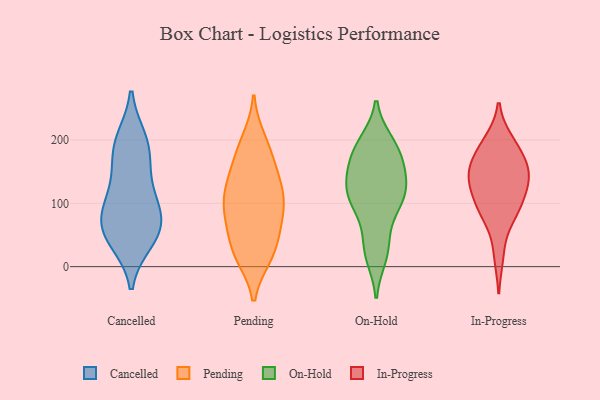
{"axis": {"x": "Customer Acquisition Cost (USD)", "y": "Value"}, "legend": ["Cancelled", "In-Progress", "On-Hold", "Pending"], "data": [{"x": "", "y": 58, "type": "Cancelled"}, {"x": "", "y": 142, "type": "Cancelled"}, {"x": "", "y": 95, "type": "Cancelled"}, {"x": "", "y": 42, "type": "Cancelled"}, {"x": "", "y": 83, "type": "Cancelled"}, {"x": "", "y": 51, "type": "Cancelled"}, {"x": "", "y": 199, "type": "Cancelled"}, {"x": "", "y": 108, "type": "Cancelled"}, {"x": "", "y": 60, "type": "Cancelled"}, {"x": "", "y": 179, "type": "Cancelled"}, {"x": "", "y": 193, "type": "Cancelled"}, {"x": "", "y": 96, "type": "Pending"}, {"x": "", "y": 23, "type": "Pending"}, {"x": "", "y": 133, "type": "Pending"}, {"x": "", "y": 17, "type": "Pending"}, {"x": "", "y": 192, "type": "Pending"}, {"x": "", "y": 153, "type": "Pending"}, {"x": "", "y": 59, "type": "Pending"}, {"x": "", "y": 143, "type": "Pending"}, {"x": "", "y": 175, "type": "Pending"}, {"x": "", "y": 103, "type": "Pending"}, {"x": "", "y": 62, "type": "Pending"}, {"x": "", "y": 25, "type": "Pending"}, {"x": "", "y": 73, "type": "Pending"}, {"x": "", "y": 119, "type": "Pending"}, {"x": "", "y": 93, "type": "Pending"}, {"x": "", "y": 107, "type": "Pending"}, {"x": "", "y": 200, "type": "Pending"}, {"x": "", "y": 17, "type": "Pending"}, {"x": "", "y": 158, "type": "On-Hold"}, {"x": "", "y": 136, "type": "On-Hold"}, {"x": "", "y": 26, "type": "On-Hold"}, {"x": "", "y": 126, "type": "On-Hold"}, {"x": "", "y": 99, "type": "On-Hold"}, {"x": "", "y": 17, "type": "On-Hold"}, {"x": "", "y": 89, "type": "On-Hold"}, {"x": "", "y": 119, "type": "On-Hold"}, {"x": "", "y": 195, "type": "On-Hold"}, {"x": "", "y": 38, "type": "On-Hold"}, {"x": "", "y": 105, "type": "On-Hold"}, {"x": "", "y": 185, "type": "On-Hold"}, {"x": "", "y": 114, "type": "On-Hold"}, {"x": "", "y": 191, "type": "On-Hold"}, {"x": "", "y": 152, "type": "On-Hold"}, {"x": "", "y": 177, "type": "On-Hold"}, {"x": "", "y": 141, "type": "In-Progress"}, {"x": "", "y": 139, "type": "In-Progress"}, {"x": "", "y": 192, "type": "In-Progress"}, {"x": "", "y": 168, "type": "In-Progress"}, {"x": "", "y": 85, "type": "In-Progress"}, {"x": "", "y": 146, "type": "In-Progress"}, {"x": "", "y": 197, "type": "In-Progress"}, {"x": "", "y": 103, "type": "In-Progress"}, {"x": "", "y": 177, "type": "In-Progress"}, {"x": "", "y": 139, "type": "In-Progress"}, {"x": "", "y": 85, "type": "In-Progress"}, {"x": "", "y": 19, "type": "In-Progress"}, {"x": "", "y": 92, "type": "In-Progress"}, {"x": "", "y": 137, "type": "In-Progress"}]}